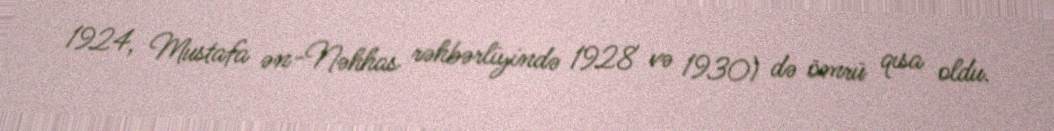
1924, Mustafa ən-Nəhhas rəhbərliyində 1928 və 1930) də ömrü qısa oldu.